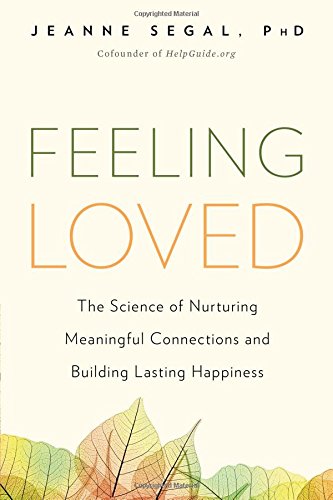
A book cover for Feeling Loved: The Science of Nurturing Meaningful Connections and Building Lasting Happiness; Jeanne Segal; Self-Help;